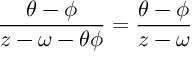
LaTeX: \frac { \theta - \phi } { z - \omega - \theta \phi } = \frac { \theta - \phi } { z - \omega }